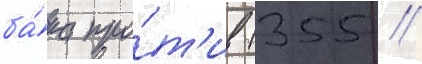
ба́ка про́т'ив (355 //